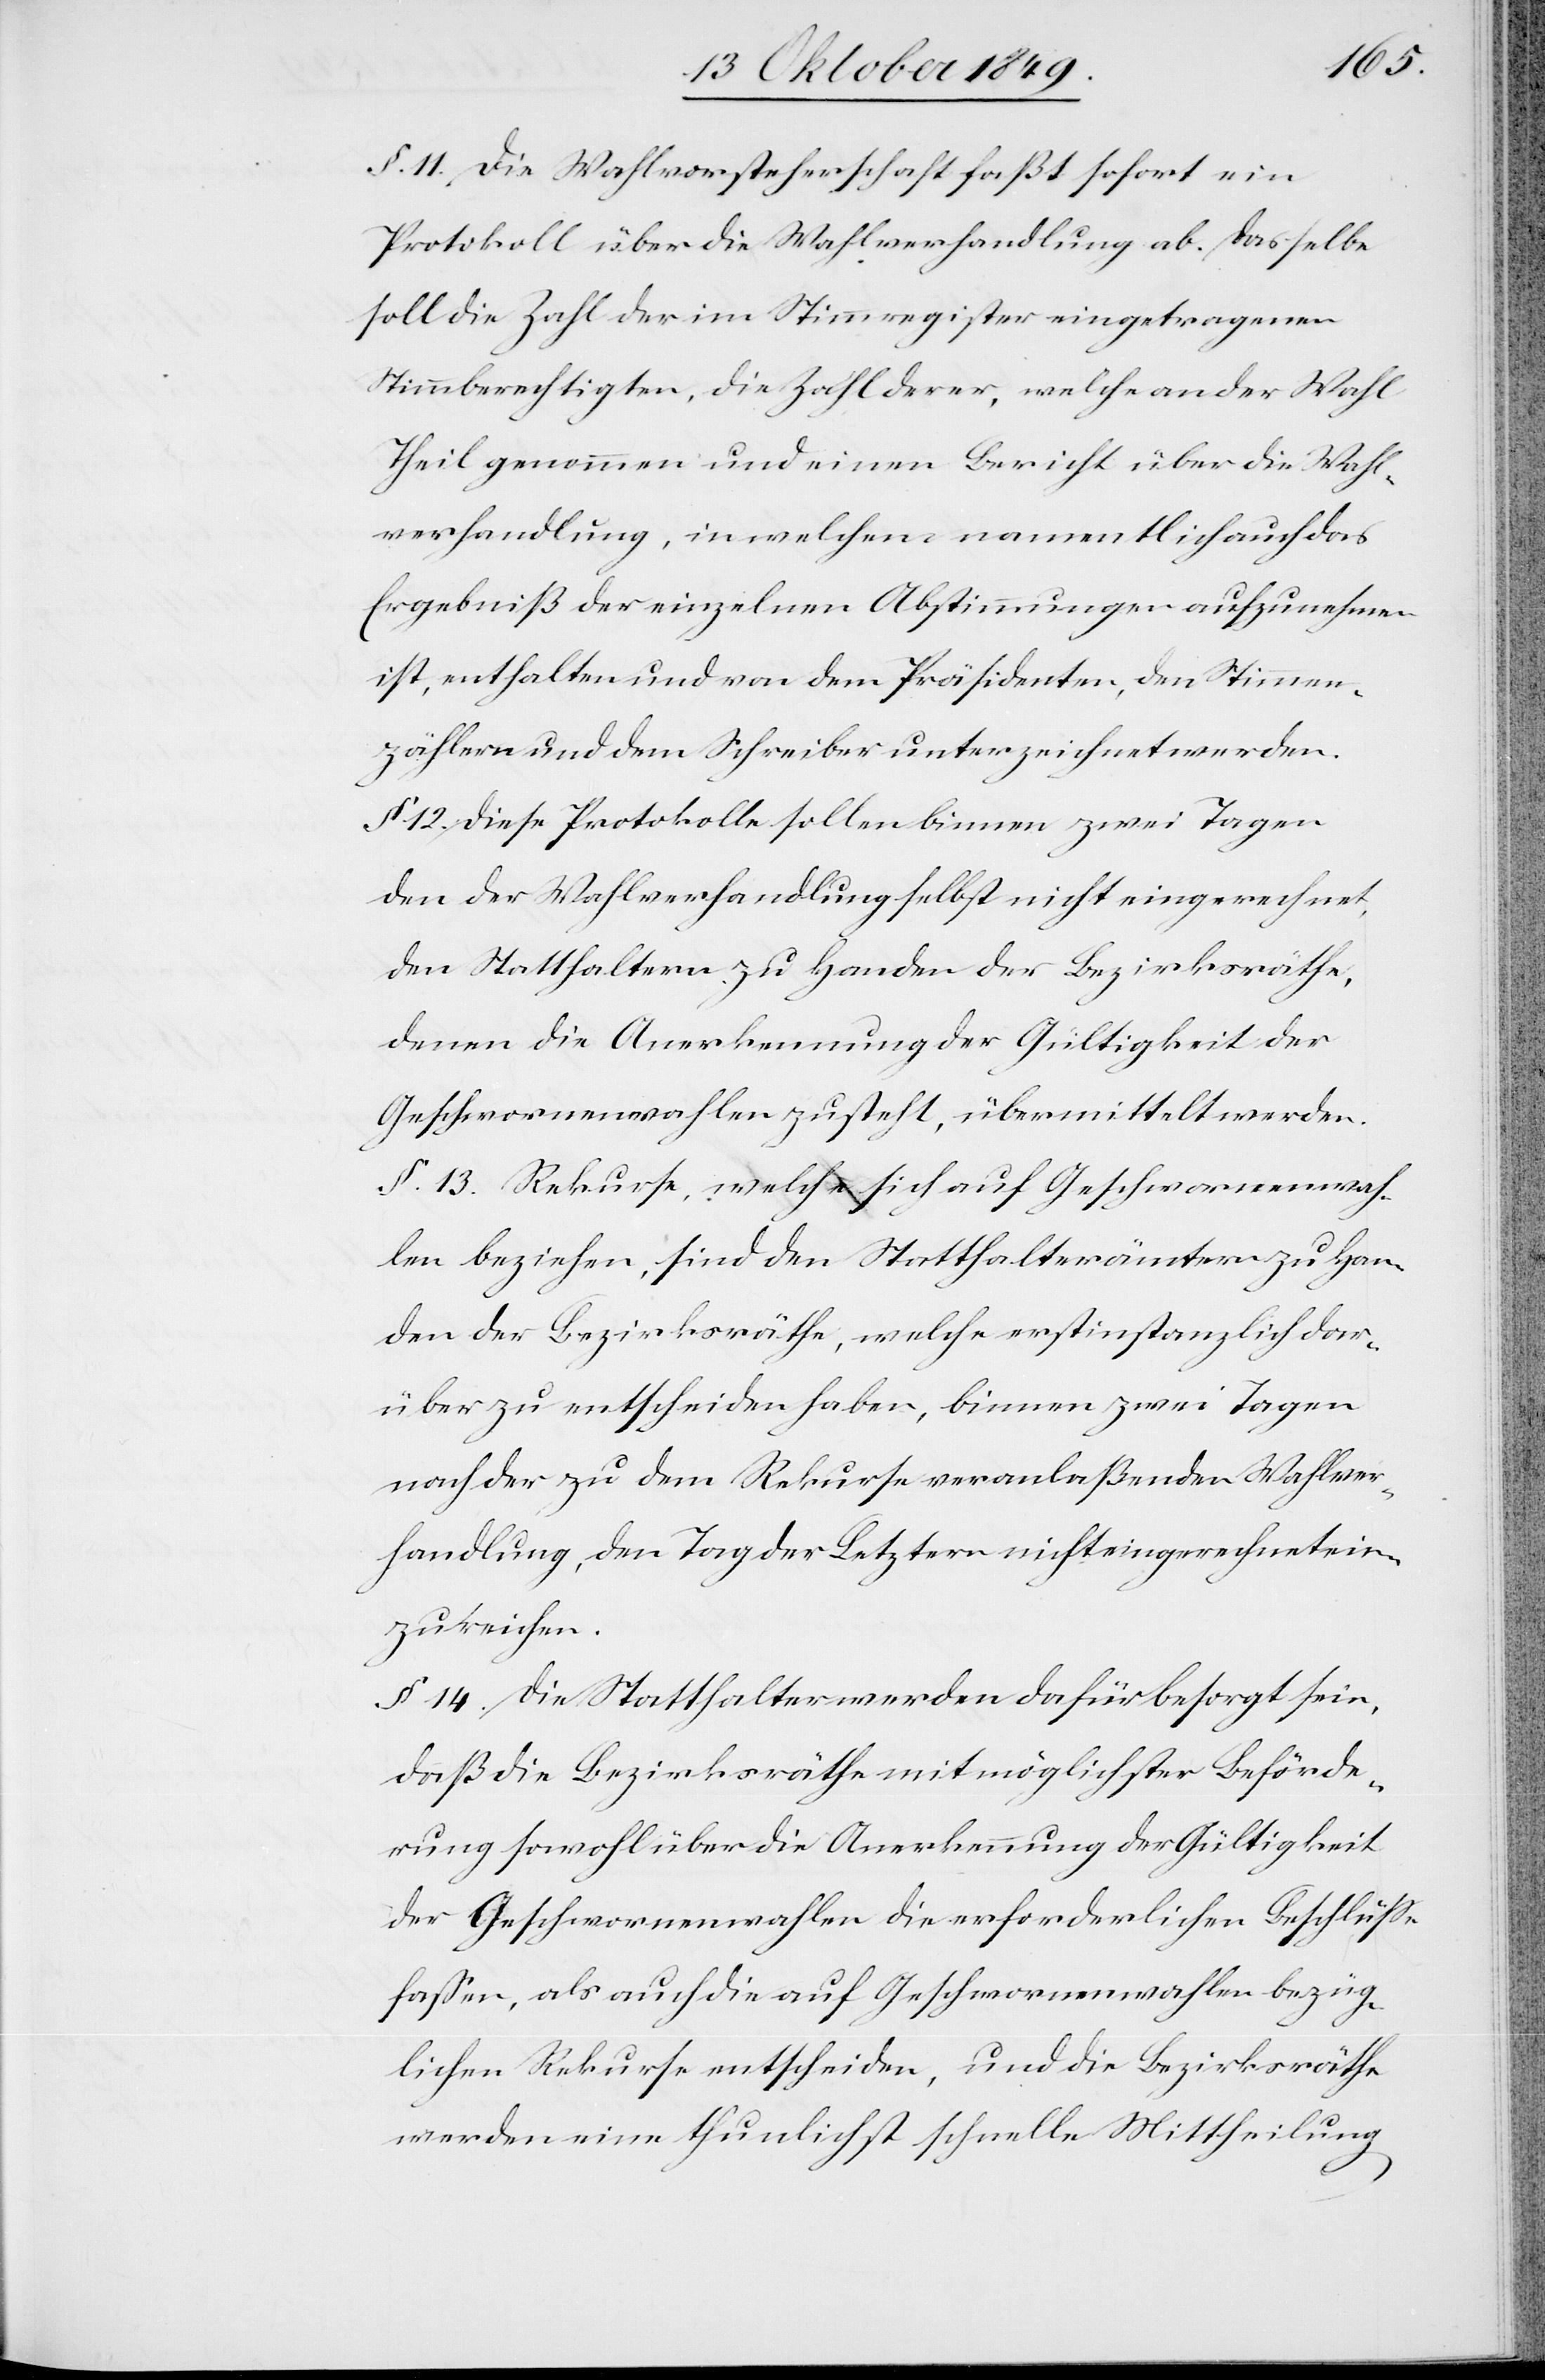
§. 11. Die Wahlvorsteherschaft faßt sofort ein
Protokoll über die Wahlverhandlung ab. Dasselbe
soll die Zahl der im Stimmregister eingetragenen
Stimmberechtigten, die Zahl derer, welche an der Wahl
Theil genommen und einen Bericht über die Wahl¬
verhandlung, in welchem namentlich auch das
Ergebniß der einzelnen Abstimmungen aufzunehmen
ist, enthalten und von den Präsidenten, den Stimm¬
zählern und dem Schreiber unterzeichnet werden.
§ 12. Diese Protokolle sollen binnen zwei Tagen
den der Wahlverhandlung selbst nicht eingerechnet,
den Statthaltern zu Handen der Bezirksräthe,
denen die Anerkennung der Gültigkeit der
Geschworenenwahlen zusteht, übermittelt werden.
§ 13. Rekurse, welche sich auf Geschworenenwah¬
len beziehen, sind den Statthalterämtern zu Han¬
den der Bezirksräthe, welche erstinstanzlich dar¬
über zu entscheiden haben, binnen zwei Tagen
nach der zu dem Rekurse veranlaßenden Wahlver¬
handlung, den Tag der Letztern nicht eingerechnet ein¬
zureichen.
§ 14. Die Statthalter werden dafür besorgt sein,
daß die Bezirksräthe mit möglichster Beförde¬
rung sowohl über die Anerkennung der Gültigkeit
der Geschworenenwahlen die erforderlichen Beschlüße
faßen, als auch die auf Geschworenenwahlen bezüg¬
lichen Rekurse entscheiden, und die Bezirksräthe
werden eine thunlichst schnelle Mittheilung